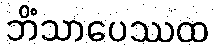
ဘိံသာပေဿထ